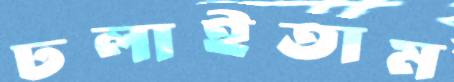
ঢলাইতাম